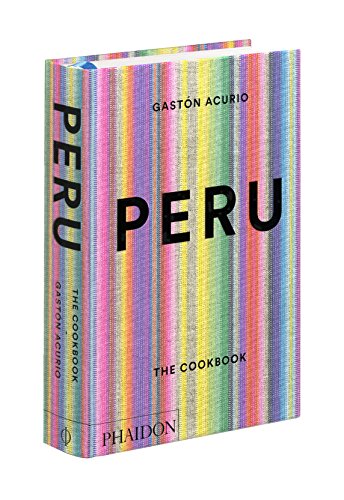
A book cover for Peru: The Cookbook; GastÃ³n Acurio; Cookbooks, Food & Wine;